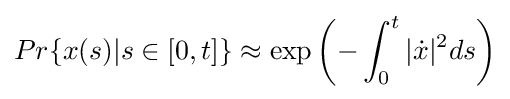
Pr\{x(s)|s\in [0,t]\}\approx \exp \left(-\int _{0}^{t}|{\dot {x}}|^{2}ds\right)